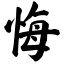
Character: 悔